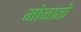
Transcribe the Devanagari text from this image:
मोनातो